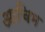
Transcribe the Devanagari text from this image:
आचिम